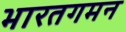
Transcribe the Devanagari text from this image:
भारतगमन